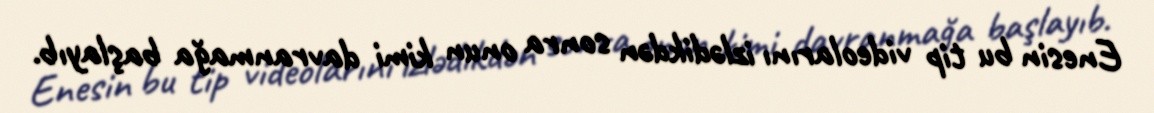
Enesin bu tip videolarını izlədikdən sonra onun kimi davranmağa başlayıb.